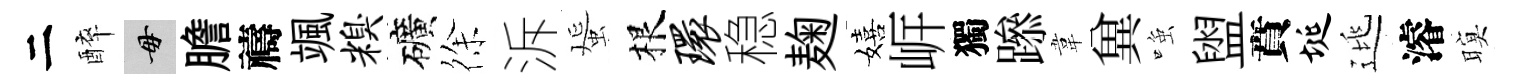
二醉毋膽禱颯糗礦徐泝蜑根环稳麹嬉㟁獨𨅶韋兾𫪻盥賁埏逃濬暝